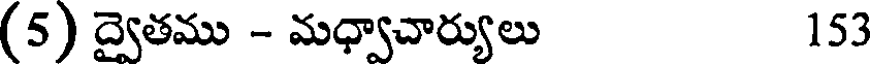
(5) ద్వైతము - మధ్వాచార్యులు 153